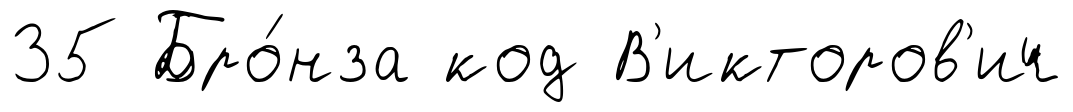
35 Бро́нза код В'икторов'ич